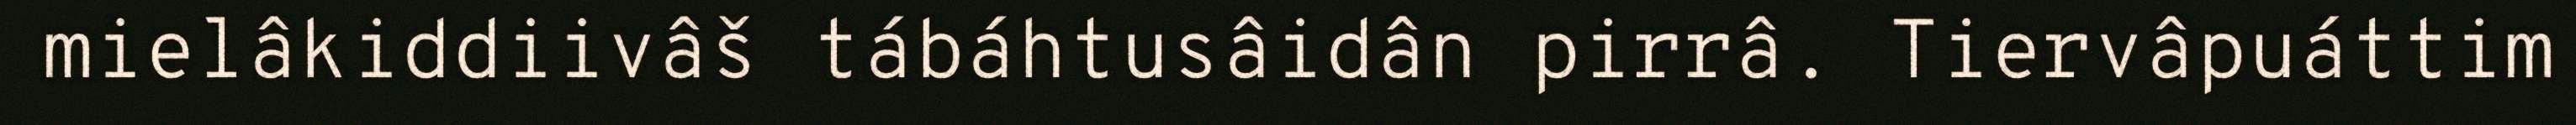
mielâkiddiivâš tábáhtusâidân pirrâ. Tiervâpuáttim